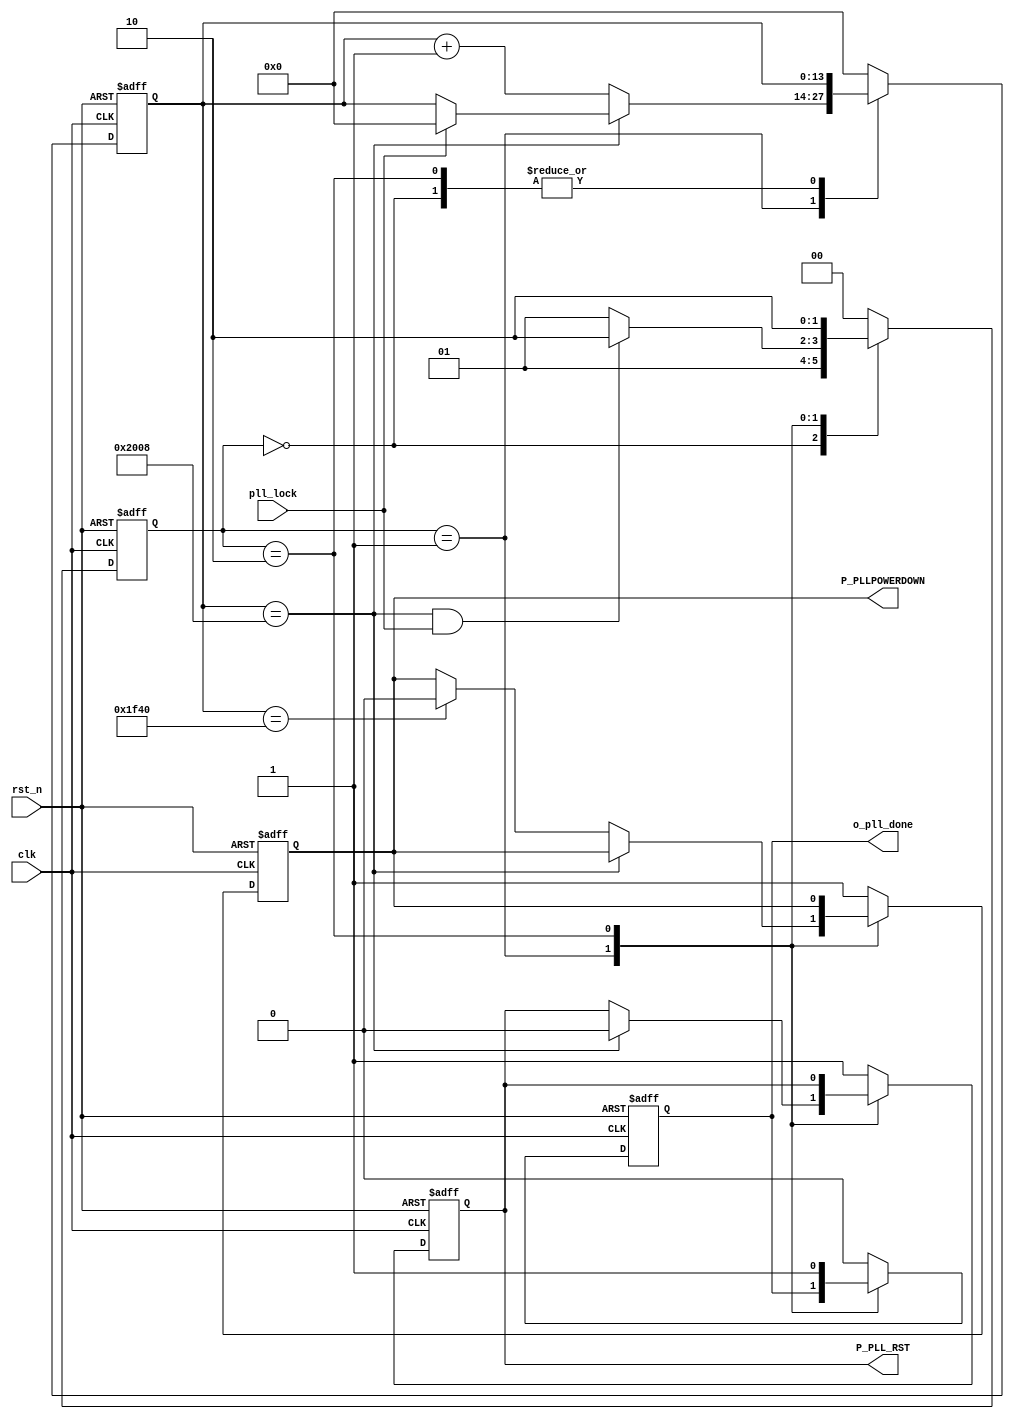
///////////////////////////////////////////////////////////////////////////////
//
// Copyright (c) 2019 PANGO MICROSYSTEMS, INC
// ALL RIGHTS REVERVED.
//
// THE SOURCE CODE CONTAINED HEREIN IS PROPRIETARY TO PANGO MICROSYSTEMS, INC.
// IT SHALL NOT BE REPRODUCED OR DISCLOSED IN WHOLE OR IN PART OR USED BY
// PARTIES WITHOUT WRITTEN AUTHORIZATION FROM THE OWNER.
//
////////////////////////////////////////////////////////////////////////////////
//
// Library:
// Filename:
////////////////////////////////////////////////////////////////////////////////
`timescale 1ns/1ps
module  ipml_hsst_pll_rst_fsm_v1_0#(
    parameter FREE_CLOCK_FREQ   = 100  //unit is MHz, free clock  freq from GUI
)(
    // Reset and Clock
    input  wire                   clk           ,
    input  wire                   rst_n         ,
    // HSST Reset Control Signal
    input  wire                   pll_lock    ,
    output reg                    P_PLLPOWERDOWN,
    output reg                    P_PLL_RST    ,
    output reg                    o_pll_done   
);

localparam         CNTR_WIDTH                = 14;
`ifdef IPML_HSST_SPEEDUP_SIM
localparam integer PLL_PD_CNTR_VALUE         = 2*(1*FREE_CLOCK_FREQ);//add 50 percent margin
localparam integer PLL_RST_F_CNTR_VALUE      = 2*(2*FREE_CLOCK_FREQ);//add 50 percent margin
`else
localparam integer PLL_PD_CNTR_VALUE         = 2*(40*FREE_CLOCK_FREQ);//add 50 percent margin
localparam integer PLL_RST_F_CNTR_VALUE      = 2*(41*FREE_CLOCK_FREQ);//add 50 percent margin
`endif


localparam PLL_IDLE = 2'd0;
localparam PLL_RST  = 2'd1;
localparam PLL_DONE = 2'd2;

//****************************************************************************//
//                      Internal Signal                                       //
//****************************************************************************//
reg     [CNTR_WIDTH-1 : 0] cntr       ;
reg     [1            : 0] pll_fsm    ;
reg     [1            : 0] next_state ;
//****************************************************************************//
//                      Sequential and Logic                                  //
//****************************************************************************//
always @(posedge clk or negedge rst_n) begin
    if(!rst_n) begin
        pll_fsm     <=   PLL_IDLE   ;
    end
    else begin
        pll_fsm     <=   next_state ;
    end
end

always @ (*) begin
    case(pll_fsm)
        PLL_IDLE    :    begin
            next_state  =  PLL_RST  ;
        end
        PLL_RST     :    begin
            if((cntr ==  PLL_RST_F_CNTR_VALUE) && pll_lock )   begin
                next_state  =  PLL_DONE  ;
            end
            else begin
                next_state  =  PLL_RST   ;
            end
        end
        PLL_DONE    :    begin
            next_state    =    PLL_DONE  ;
        end
        default    :    begin
            next_state    =    PLL_IDLE  ;
        end
    endcase
end
 
always @(posedge clk or negedge rst_n) begin
    if(!rst_n) begin
        cntr              <=   {CNTR_WIDTH{1'b0}} ;
        P_PLLPOWERDOWN    <=   1'b1               ;
        P_PLL_RST         <=   1'b1               ;
        o_pll_done        <=   1'b0               ;
    end
    else  begin
        case(pll_fsm)
            PLL_IDLE    :    begin
                P_PLLPOWERDOWN    <=   1'b1               ;
                P_PLL_RST         <=   1'b1               ;
                o_pll_done        <=   1'b0               ;
            end
            PLL_RST     :    begin
                if(cntr == PLL_RST_F_CNTR_VALUE) begin
                    P_PLL_RST             <=   1'b0                  ;
                    if(pll_lock)    begin
                        cntr              <=   {CNTR_WIDTH{1'b0}}    ;
                    end
                end
                else    begin
                    cntr              <=   cntr + {{CNTR_WIDTH-1{1'b0}},{1'b1}} ;
                    if(cntr == PLL_PD_CNTR_VALUE)  begin
                        P_PLLPOWERDOWN    <=   1'b0               ;
                    end
                end
            end
            PLL_DONE    :    begin
                o_pll_done        <=   1'b1                  ;
            end
            default    :    begin
                cntr              <=   {CNTR_WIDTH{1'b0}} ;
                P_PLLPOWERDOWN    <=   1'b1               ;
                P_PLL_RST         <=   1'b1               ;
                o_pll_done        <=   1'b0               ;
            end
        endcase
    end
end

endmodule